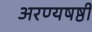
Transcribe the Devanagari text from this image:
अरण्यषष्ठी